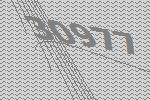
30977